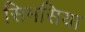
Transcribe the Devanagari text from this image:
सिमसिया